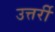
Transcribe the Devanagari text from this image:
उत्तर्री